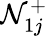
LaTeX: \mathcal{N}_{1j}^{+}